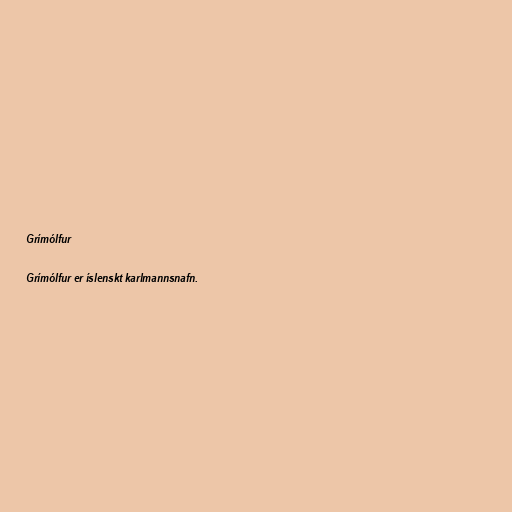
Grímólfur

Grímólfur er íslenskt karlmannsnafn.